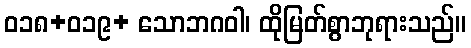
ဝ၁၈+၀၁၉+ သောဘဂဝါ၊ ထိုမြတ်စွာဘုရားသည်။